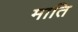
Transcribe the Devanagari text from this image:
माति